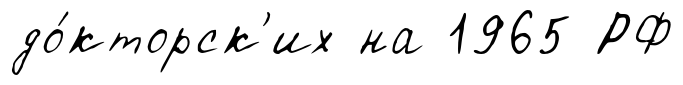
до́кторск'их на 1965 РФ